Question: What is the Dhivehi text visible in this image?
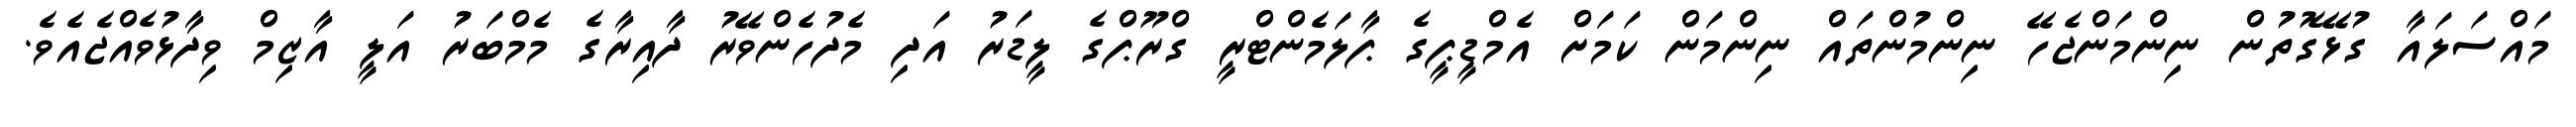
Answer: މައްސަލައާ ގުޅޭގޮތުން ނިންމަންޖެހޭ ނިންމުންތައް ނިންމަން ކަމަށް އެމްޑީޕީގެ ޕާލަމެންޓްރީ ގްރޫޕްގެ ލީޑަރު އަދި މެދުހެންވޭރު ދާއިރާގެ މެމްބަރު އަލީ އާޒިމް ވިދާޅުވެއްޖެއެވެ.